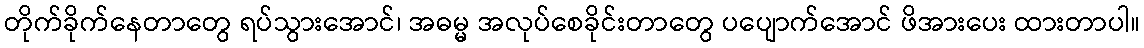
တိုက်ခိုက်နေတာတွေ ရပ်သွားအောင်၊ အဓမ္မ အလုပ်စေခိုင်းတာတွေ ပပျောက်အောင် ဖိအားပေး ထားတာပါ။